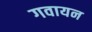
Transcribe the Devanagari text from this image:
गवायन